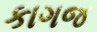
કાગજ